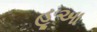
હૂઆ